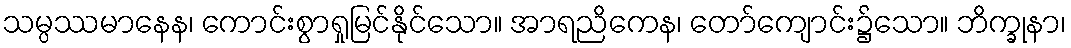
သမ္ပဿမာနေန၊ ကောင်းစွာရှုမြင်နိုင်သော။ အာရညိကေန၊ တော်ကျောင်း၌သော။ ဘိက္ခုနာ၊